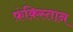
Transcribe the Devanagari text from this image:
फ़ंक़िस्तान